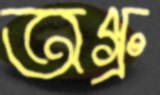
অগ্রু